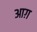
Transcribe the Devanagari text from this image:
आग़